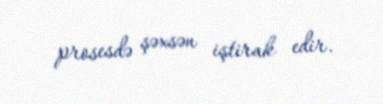
prosesdə şəxsən iştirak edir.